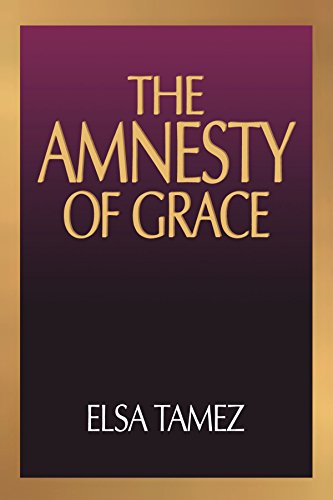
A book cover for The Amnesty of Grace: Justification by Faith from a Latin American Perspective; Elsa Tamez; Christian Books & Bibles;